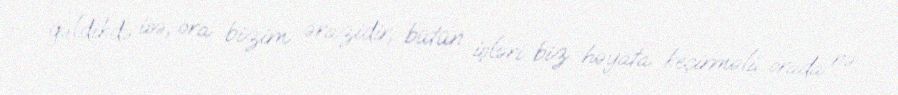
gəldikdə isə, ora bizim ərazidir, bütün işləri biz həyata keçirməli, orada nə